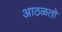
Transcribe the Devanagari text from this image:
आठळतो